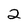
Character: 2